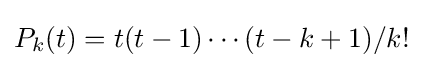
P_{k}(t)=t(t-1)\cdots (t-k+1)/k!